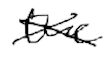
Text: the
Cross-out: cross
Writing tool: digital_black